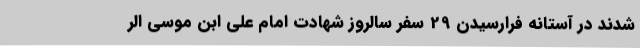
شدند در آستانه فرارسیدن 29 سفر سالروز شهادت امام علی ابن موسی الر